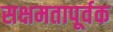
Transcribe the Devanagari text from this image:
सक्षमतापूर्वक